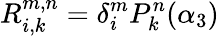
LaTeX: R_{i,k}^{m,n}=\delta_{i}^{m}P_{k}^{n}(\alpha_{3})